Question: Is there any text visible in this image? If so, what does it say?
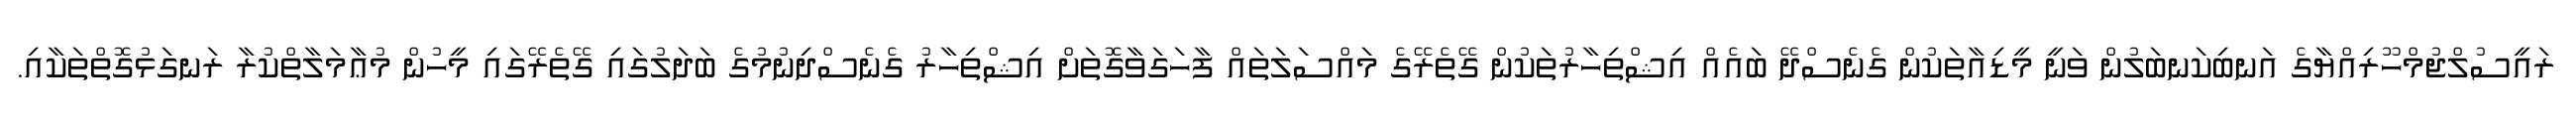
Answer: ރައީސުލްޖުމްހޫރިއްޔާގެ އަނބިކަނބަލުން ވަނީ މީޑިއާތަކުން ގެނެސްދޭ ބައެއް އިޝްތިހާރުތަކުން ގޭތެރޭގެ މައްސަލަތައް ފާހަގަވާގޮތަށް އިޝްތިހާރު ގެނެސްދިނުމުގެ ބަދަލުގައި ގޭތެރޭގައި މީހުން މުޢާމަލާތްކުރާ ރަނގަޅުގޮތްތަކާއި.